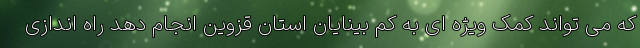
که می تواند کمک ویژه ای به کم بینایان استان قزوین انجام دهد راه اندازی